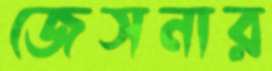
জেসনার